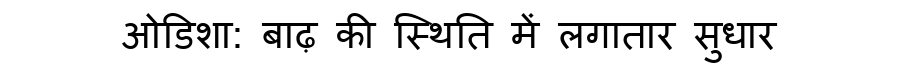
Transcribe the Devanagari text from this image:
ओडिशा: बाढ़ की स्थिति में लगातार सुधार